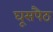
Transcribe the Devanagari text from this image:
घूसपैठ